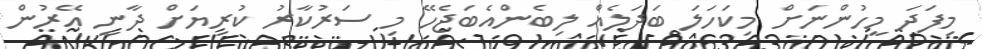
މިފަދަ މީހުންނަށް މިކަހަލަ ބަދަލެއް ލިބެންއެބަޖެހޭ މި ސަރުކާރު ކުރިޔަށް ދާނީ އޭރުން